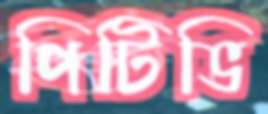
পিটিভি